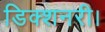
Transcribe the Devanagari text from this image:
डिक्शनरी।